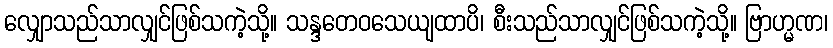
လျှောသည်သာလျှင်ဖြစ်သကဲ့သို့။ သန္ဒတေဝသေယျထာပိ၊ စီးသည်သာလျှင်ဖြစ်သကဲ့သို့။ ဗြာဟ္မဏ၊